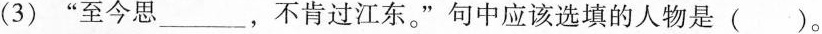
( 3 ) ”至今思___，不肯过江东。” 句中应该选填的人物是 ( )。